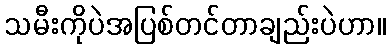
သမီးကိုပဲအပြစ်တင်တာချည်းပဲဟာ။